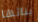
بنائها